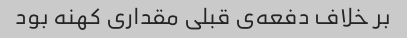
بر خلاف دفعه‌ی قبلی مقداری کهنه بود